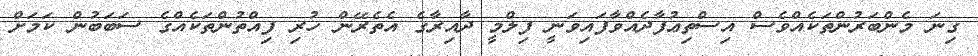
ގިނަ މެންބަރުންތަކެއްވެސް އިސްތިޢުފާދެއްވާފައިވަނީ ފިލްމީ ދާއިރާގެ އެތެރޭން ހުރި ފިއްތުންތަކެއްގެ ސަބަބުން ކަމަށް